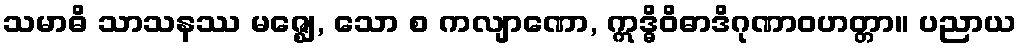
သမာဓိ သာသနဿ မဇ္ဈေ, သော စ ကလျာဏော, ဣဒ္ဓိဝိဓာဒိဂုဏာဝဟတ္တာ။ ပညာယ